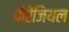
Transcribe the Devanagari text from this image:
फैरेंजियल